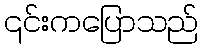
၎င်းကပြောသည်